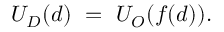
U _ { D } ( d ) \ = \ U _ { O } ( f ( d ) ) .